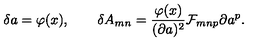
\delta a = \varphi ( x ) , \qquad \delta A _ { m n } = { \frac { \varphi ( x ) } { ( \partial a ) ^ { 2 } } } { \cal F } _ { m n p } \partial a ^ { p } .